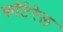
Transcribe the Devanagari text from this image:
कॉटेरेल